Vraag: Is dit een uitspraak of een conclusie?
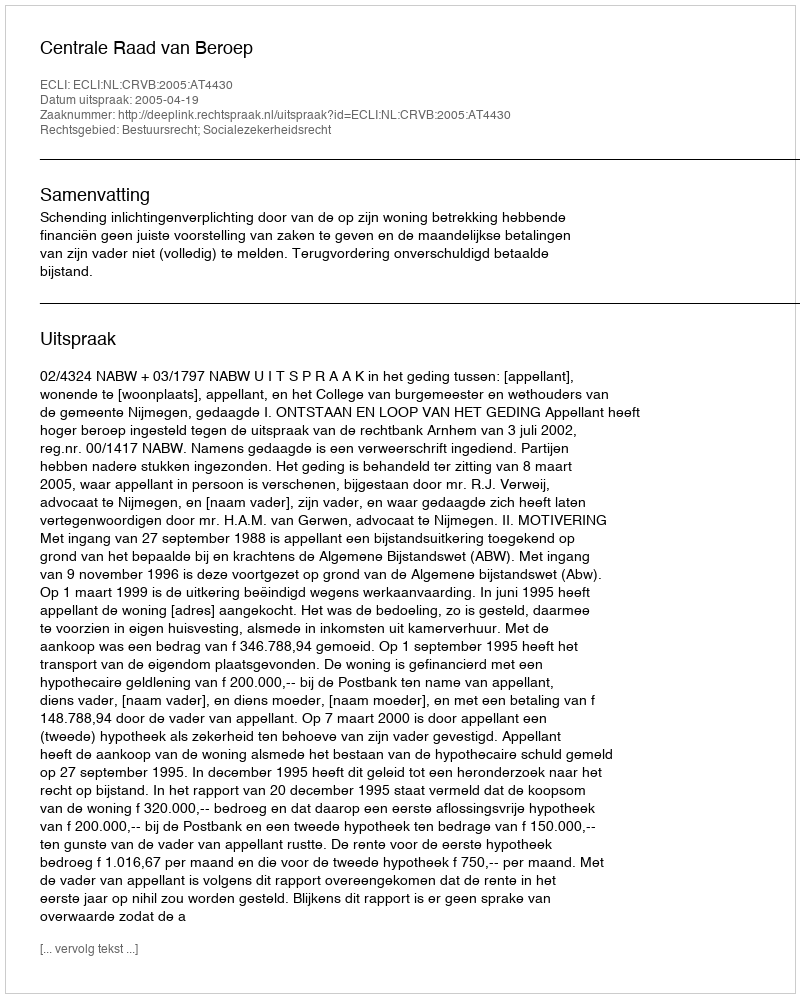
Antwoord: Uitspraak